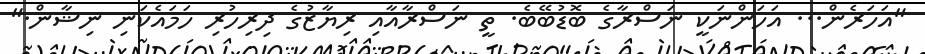
"އަހަރެން... އަހަންނަކީ ނަސްރާގެ ބޮޑުބޭބެ. ތީ ނަސްރާއާއި ރިޔާޒުގެ ދިރިހުރި ހަމައެކަނި ނިޝާން."